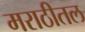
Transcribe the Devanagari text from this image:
मराठीतल